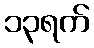
၁၃ရက်